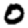
Digit: 0